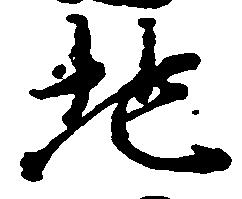
地